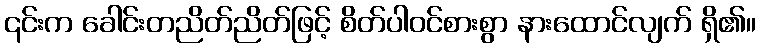
၎င်းက ခေါင်းတညိတ်ညိတ်ဖြင့် စိတ်ပါဝင်စားစွာ နားထောင်လျက် ရှိ၏။